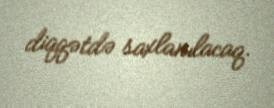
diqqətdə saxlanılacaq.